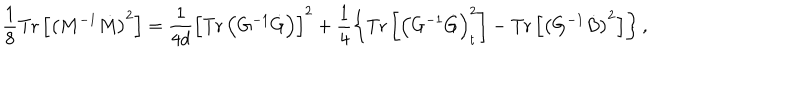
\frac { 1 } { 8 } \mathrm { T r } \left[ \left( M ^ { - 1 } \dot { M } \right) ^ { 2 } \right] = \frac { 1 } { 4 d } \left[ \mathrm { T r } \left( G ^ { - 1 } \dot { G } \right) \right] ^ { 2 } + \frac { 1 } { 4 } \left\{ \mathrm { T r } \left[ \left( G ^ { - 1 } \dot { G } \right) _ { t } ^ { 2 } \right] - \mathrm { T r } \left[ \left( G ^ { - 1 } \dot { B } \right) ^ { 2 } \right] \right\} ,